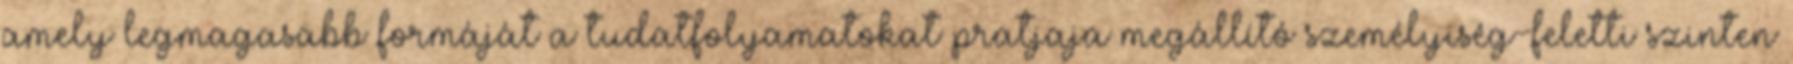
amely legmagasabb formáját a tudatfolyamatokat pratjaja megállító személyiség-feletti szinten